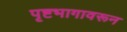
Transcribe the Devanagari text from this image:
पृष्टभागावरून